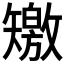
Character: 𥐊